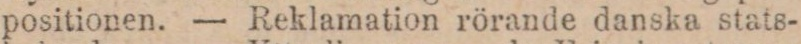
positionen. — Reklamation rörande danska stats-